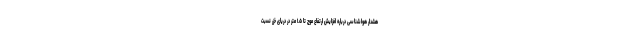
هشدار هواشناسی درباره افزایش ارتفاع موج تا ۱.۵ متر در دریای خزر نسبت